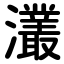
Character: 灇